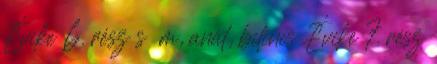
Évike 6. rész s m, anál, bilincs Évike 7. rész